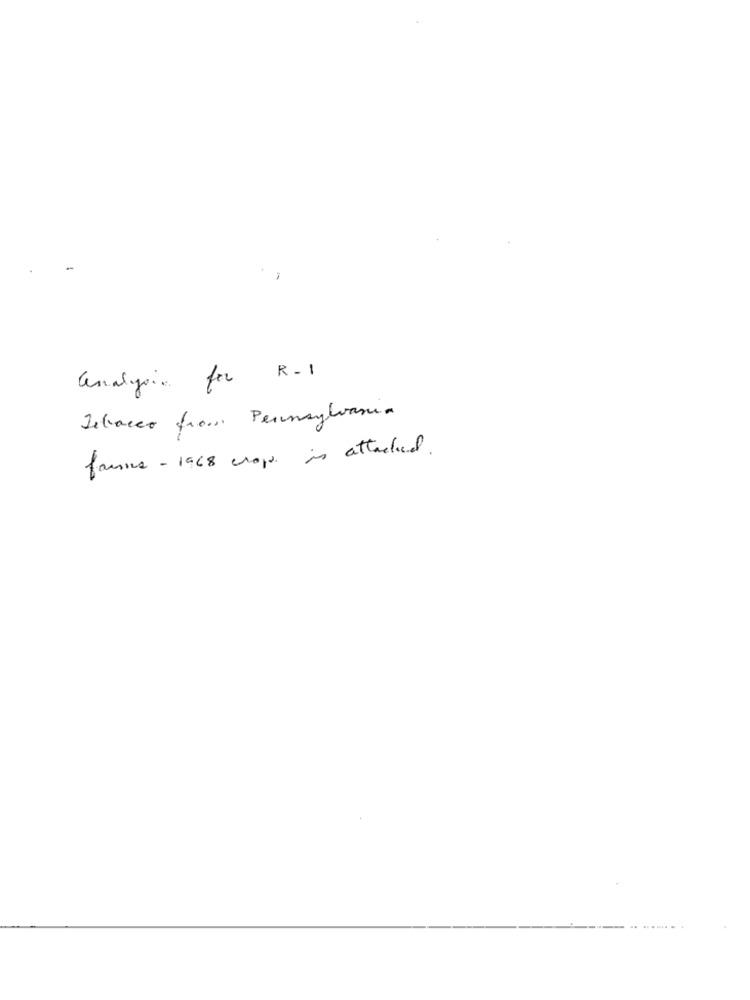
-
R - 1
analycia for
Detraces from Pennsylvania
famous - 1968 crop is attached.